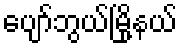
ပျော်ဘွယ်မြို့နယ်